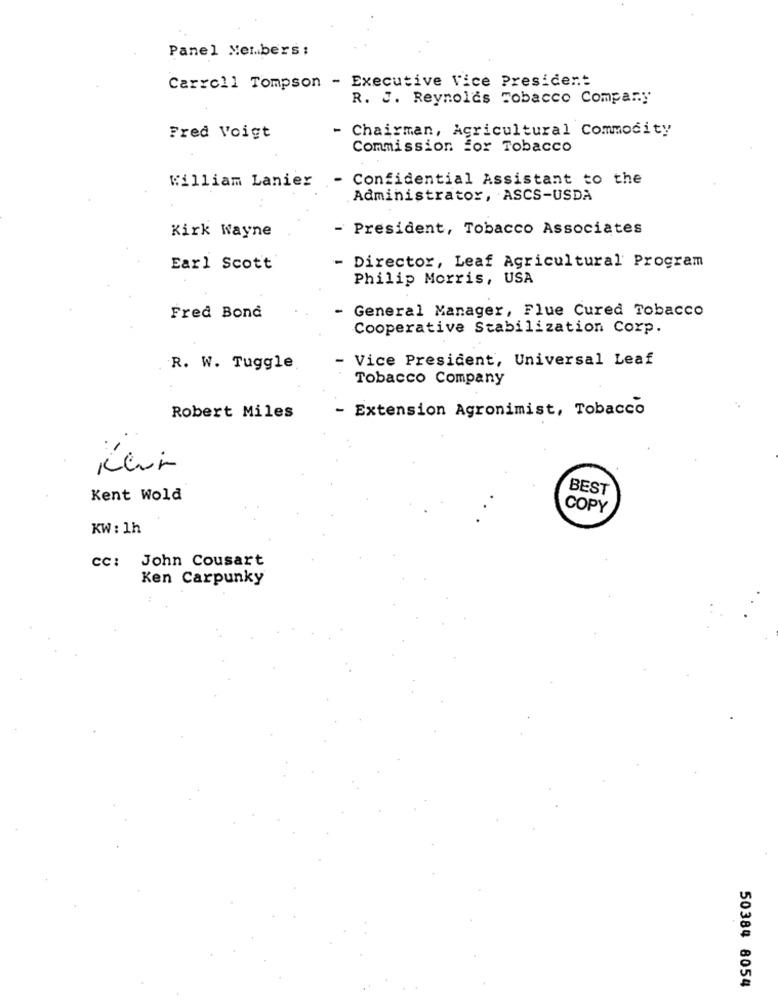
Panel Members :
Carroll Tompson - Executive Vice President
R. J. Reynolds Tobacco Company
- Chairman, Agricultural Commodity
Fred Voigt
Commission for Tobacco
- Confidential Assistant to the
William Lanier
Administrator, ASCS-USDA
- President, Tobacco Associates
Kirk Wayne
Earl Scott
- Director, Leaf Agricultural' Program
Philip Morris, USA
- General Manager, Flue Cured Tobacco
Fred Bond
Cooperative Stabilization Corp.
Vice President, Universal Leaf
R. W. Tuggle
Tobacco Company
- Extension Agronimist, Tobacco
Robert Miles
BEST
Kent Wold
COPY
KW : 1h
cc:
John Cousart
Ken Carpunky
50384 8054